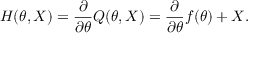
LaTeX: H ( \theta , X ) = { \frac { \partial } { \partial \theta } } Q ( \theta , X ) = { \frac { \partial } { \partial \theta } } f ( \theta ) + X .